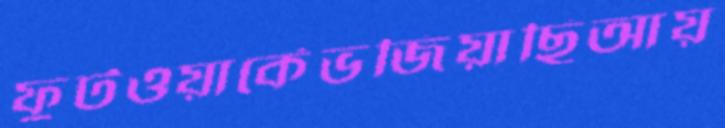
ফুটওয়ার্কেভজিয়াছিআয়